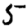
Digit: 5